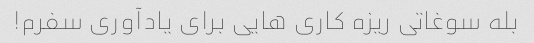
بله سوغاتی ریزه کاری هایی برای یادآوری سفرم!